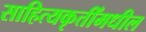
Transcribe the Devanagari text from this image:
साहित्यकृतींमधील